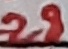
Text: 28